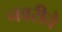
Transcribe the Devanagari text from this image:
नवरीचे